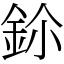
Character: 鉩